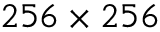
2 5 6 \times 2 5 6